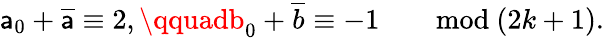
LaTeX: \mathsf{a}_{0}+{\overline{{{\mathsf{a}}}}}\equiv2,\qquadb_{0}+{\overline{{{b}}}}\equiv-1\qquad\mathrm{{mod}}\ (2k+1).